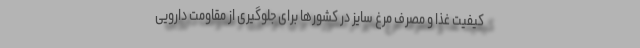
کیفیت غذا و مصرف مرغ سایز در کشورها برای جلوگیری از مقاومت دارویی